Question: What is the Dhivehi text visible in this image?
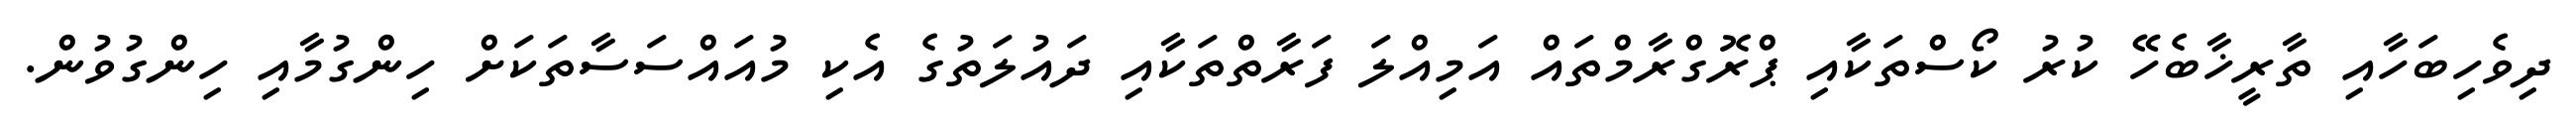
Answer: ދިވެހިބަހާއި ތާރީޚާބެހޭ ކުރު ކޯސްތަކާއި ޕްރޮގްރާމްތައް އަމިއްލަ ފަރާތްތަކާއި ދައުލަތުގެ އެކި މުއައްސަސާތަކަށް ހިންގުމާއި ހިންގުވުން.